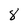
Character: 8